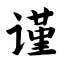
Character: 谨